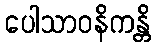
ပေါသာဝနိကန္တိ